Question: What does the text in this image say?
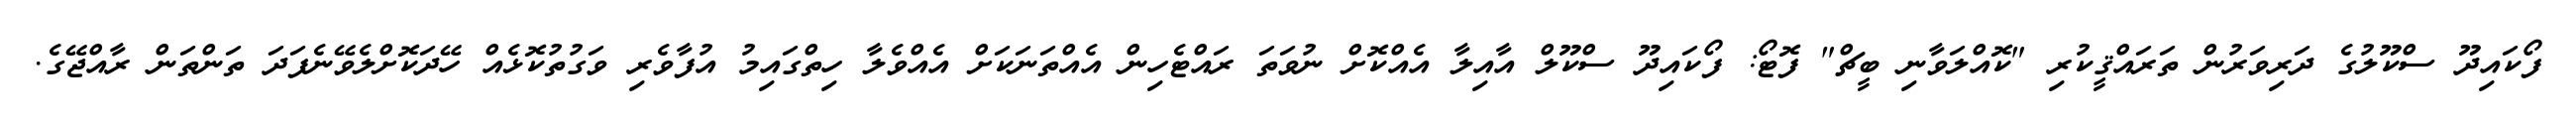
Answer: ފޯކައިދޫ ސްކޫލުގެ ދަރިވަރުން ތަރައްޤީކުރި "ކޮއްލަވާނި ބީޗް" ފޮޓޯ: ފޯކައިދޫ ސްކޫލް އާއިލާ އެއްކޮށް ނުވަތަ ރައްޓެހިން އެއްތަނަކަށް އެއްވެލާ ހިތްގައިމު އުފާވެރި ވަގުތުކޮޅެއް ހޭދަކޮށްލެވޭނެފަދަ ތަންތަން ރާއްޖޭގެ.